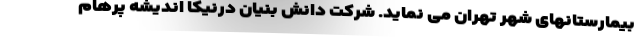
بیمارستانهای شهر تهران می نماید. شرکت دانش بنیان درنیکا اندیشه پرهام